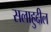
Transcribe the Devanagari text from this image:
सलाहुद्दील